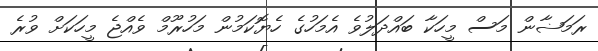
ރަމަޟާން މަސް މީހަކާ ބައްދަލުވެ އެމަހުގެ ހެޔޮކަމުން މަހުރޫމް ވެއްޖެ މީހަކަށް ވުރެ